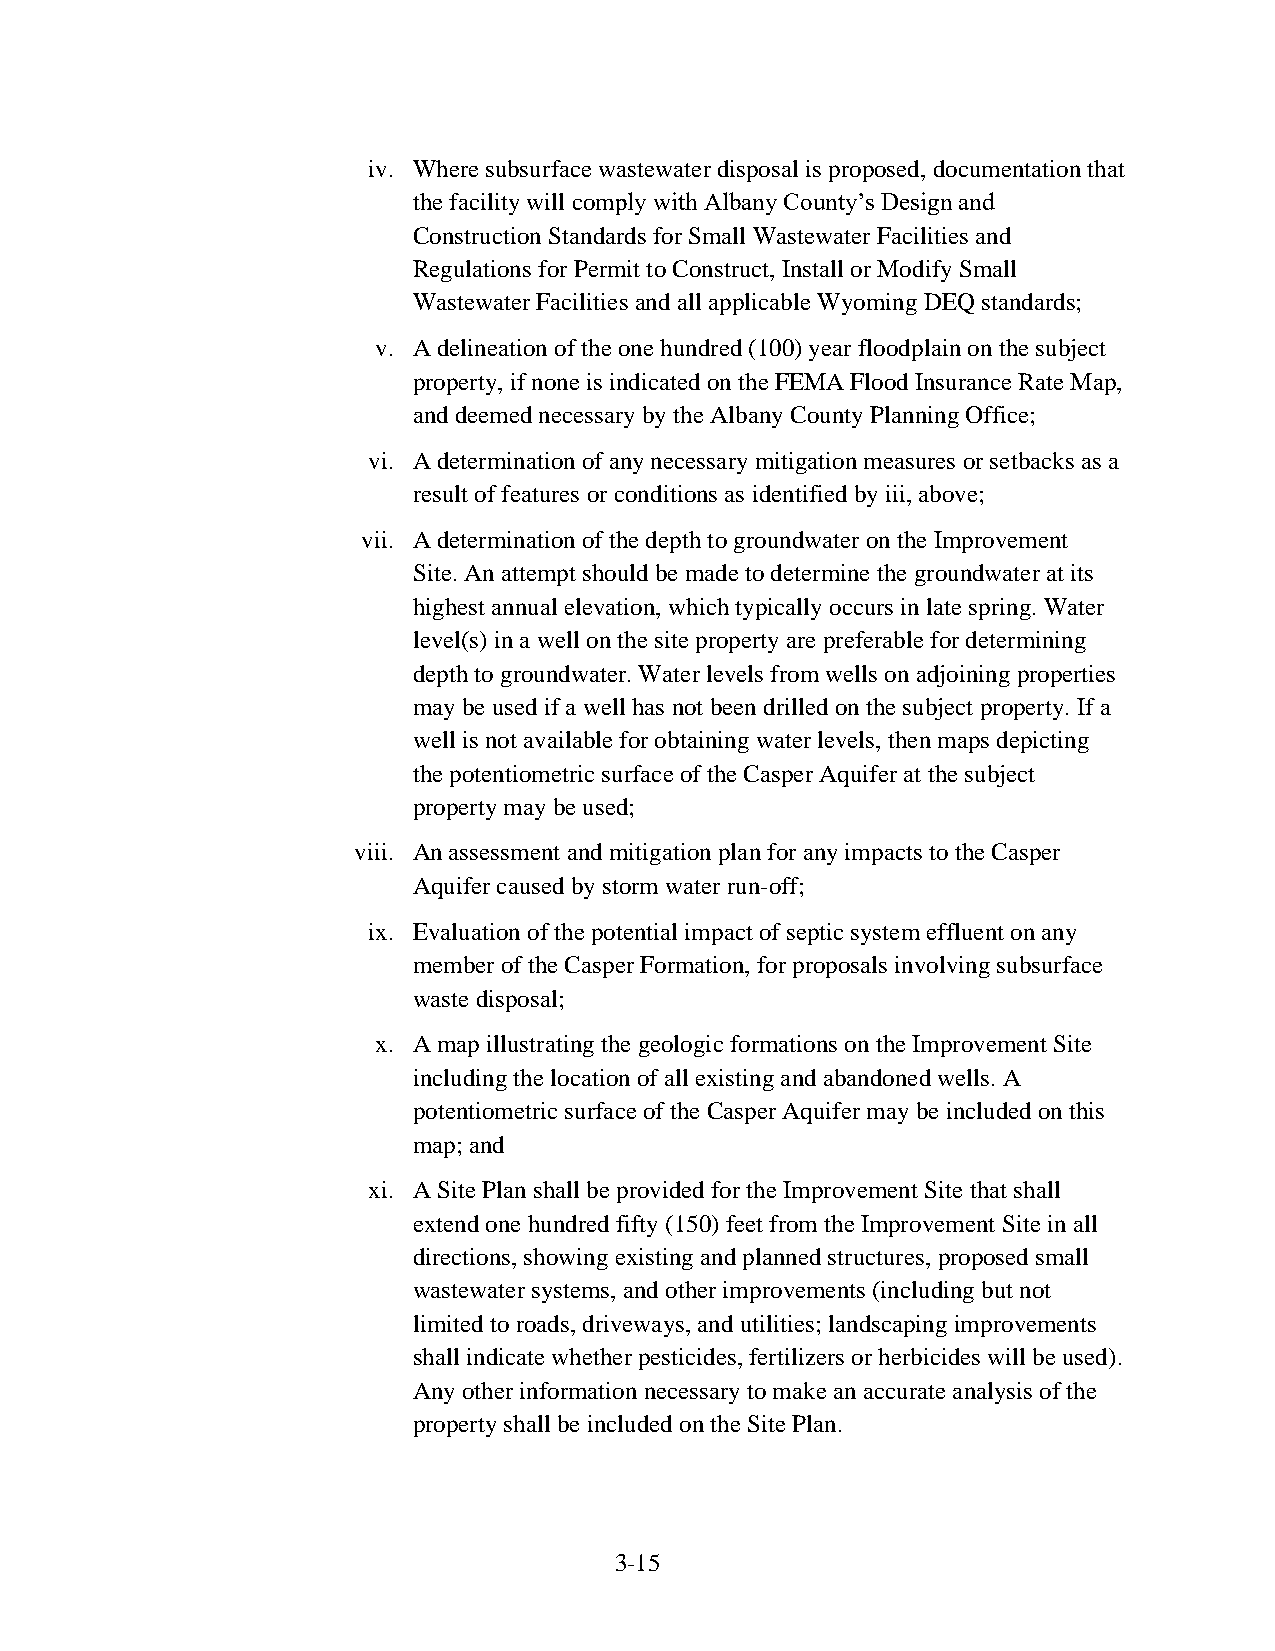
iv. Where subsurface wastewater disposal is proposed, documentation that
 the facility will comply with Albany County’s Design and
 Construction Standards for Small Wastewater Facilities and
 Regulations for Permit to Construct, Install or Modify Small
 Wastewater Facilities and all applicable Wyoming DEQ standards;
 v. A delineation of the one hundred (100) year floodplain on the subject
 property, if none is indicated on the FEMA Flood Insurance Rate Map,
 and deemed necessary by the Albany County Planning Office;
 vi. A determination of any necessary mitigation measures or setbacks as a
 result of features or conditions as identified by iii, above;
 vii. A determination of the depth to groundwater on the Improvement
 Site. An attempt should be made to determine the groundwater at its
 highest annual elevation, which typically occurs in late spring. Water
 level(s) in a well on the site property are preferable for determining
 depth to groundwater. Water levels from wells on adjoining properties
 may be used if a well has not been drilled on the subject property. If a
 well is not available for obtaining water levels, then maps depicting
 the potentiometric surface of the Casper Aquifer at the subject
 property may be used;
 viii. An assessment and mitigation plan for any impacts to the Casper
 Aquifer caused by storm water run-off;
 ix. Evaluation of the potential impact of septic system effluent on any
 member of the Casper Formation, for proposals involving subsurface
 waste disposal;
 x. A map illustrating the geologic formations on the Improvement Site
 including the location of all existing and abandoned wells. A
 potentiometric surface of the Casper Aquifer may be included on this
 map; and
 xi. A Site Plan shall be provided for the Improvement Site that shall
 extend one hundred fifty (150) feet from the Improvement Site in all
 directions, showing existing and planned structures, proposed small
 wastewater systems, and other improvements (including but not
 limited to roads, driveways, and utilities; landscaping improvements
 shall indicate whether pesticides, fertilizers or herbicides will be used).
 Any other information necessary to make an accurate analysis of the
 property shall be included on the Site Plan.
 3-15